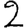
Digit: 2